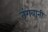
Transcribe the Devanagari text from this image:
तंगवानी